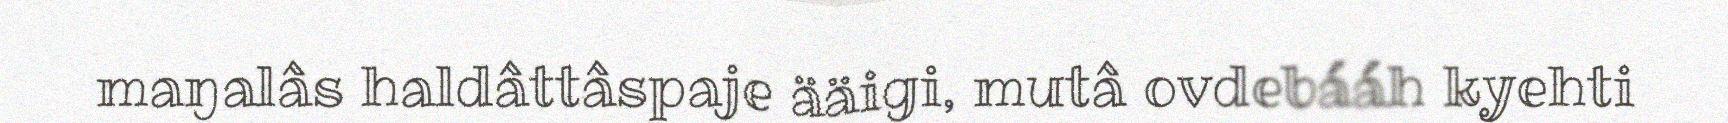
maŋalâs haldâttâspaje ääigi, mutâ ovdebááh kyehti